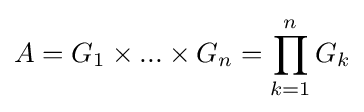
A=G_{1}\times ...\times G_{n}=\prod _{k=1}^{n}G_{k}